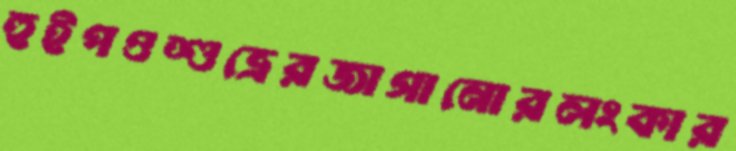
হুইপওশুভ্রেরজাগানোরলংকার